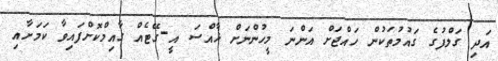
އަދި ގަލްފުގެ ގައުމުތަކުން ހައްޖަށް އަންނަ މީހުންނަށް ޚާއްސަ އީ-ގޭޓެއް ގާއިމްކޮށްފައިވާ ކަމަށާއި